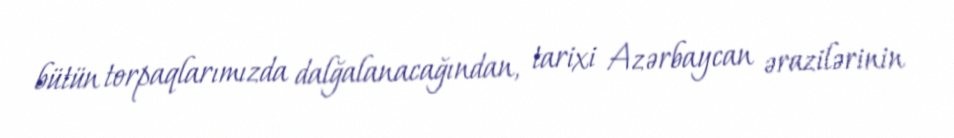
bütün torpaqlarımızda dalğalanacağından, tarixi Azərbaycan ərazilərinin